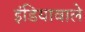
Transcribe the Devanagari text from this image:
इंडियावाले